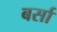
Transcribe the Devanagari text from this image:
बर्सा